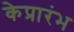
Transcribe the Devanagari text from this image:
केप्रारंभ